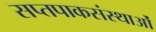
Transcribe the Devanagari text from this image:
सप्तपाकसंस्थाओं